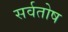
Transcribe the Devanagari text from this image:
सर्वतोष